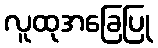
လူထုအခြေပြု